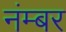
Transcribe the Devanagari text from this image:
नंम्बर